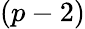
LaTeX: (p-2)